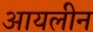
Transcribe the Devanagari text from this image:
आयलीन